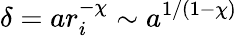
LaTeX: \delta=ar_{i}^{-\chi}\sim a^{1/(1-\chi)}